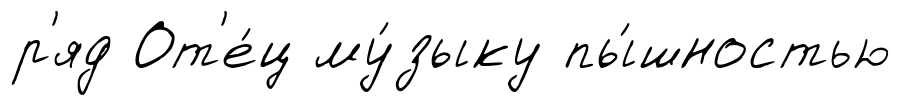
р'яд От'е́ц му́зыку пы́шностью